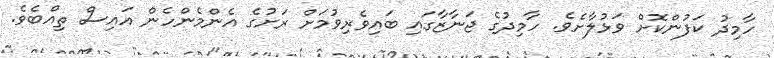
ހާމިދު ކަފުންކޮށް ވަޅުލާށެވެ. ހާމިދުގެ ޖަނާޒާގައި ބައިވެރިވުމަށް ރަށުގެ އެންމެންހެން އައިސް ތިއްބެވެ.